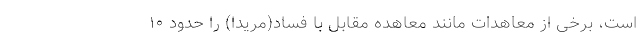
است، برخی از معاهدات مانند معاهده مقابل با فساد(مریدا) را حدود ١٠